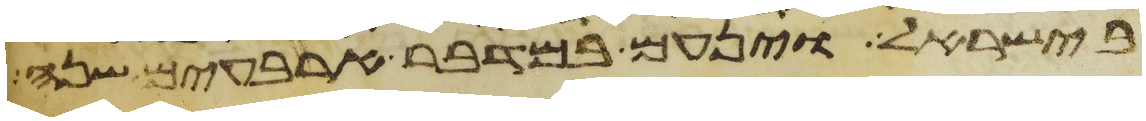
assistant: בישראל וינעם במדבר ארבעים שנה